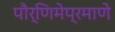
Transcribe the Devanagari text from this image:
पौर्णिमेप्रमाणे